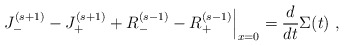
\begin{align*}\left. J_{-}^{(s+1)} -J_{+}^{(s+1)} +R_{-}^{(s-1)} -R_{+}^{(s-1)} \right|_{x=0} = \frac{d}{dt}\Sigma(t)\ , \ \end{align*}